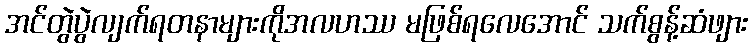
အင်တွဲပွဲလျက်ရတနာများကိုအလဟဿ မဖြစ်ရလေအောင် သက်စွန့်ဆံဖျား